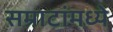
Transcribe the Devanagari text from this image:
सम्राटांमध्ये